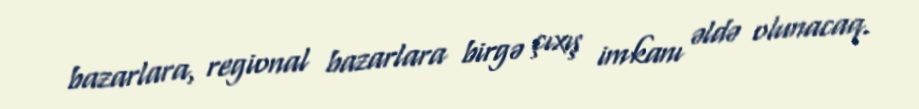
bazarlara, regional bazarlara birgə çıxış imkanı əldə olunacaq.